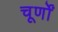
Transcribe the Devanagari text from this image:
चूर्णों